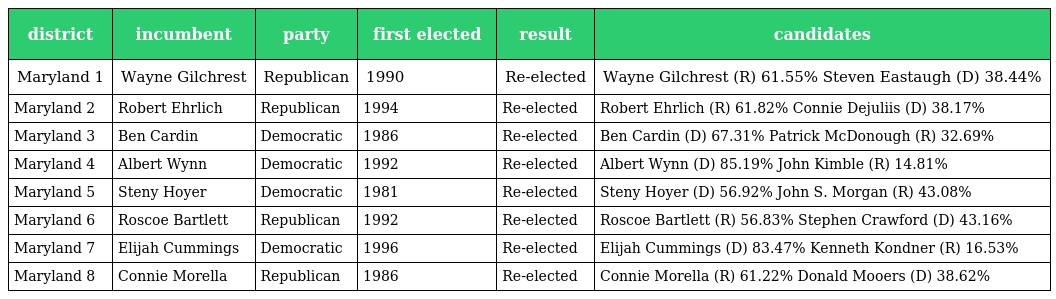
| district | incumbent | party | first elected | result | candidates |
 | --- | --- | --- | --- | --- | --- |
 | Maryland 1 | Wayne Gilchrest | Republican | 1990 | Re-elected | Wayne Gilchrest (R) 61.55% Steven Eastaugh (D) 38.44% |
 | Maryland 2 | Robert Ehrlich | Republican | 1994 | Re-elected | Robert Ehrlich (R) 61.82% Connie Dejuliis (D) 38.17% |
 | Maryland 3 | Ben Cardin | Democratic | 1986 | Re-elected | Ben Cardin (D) 67.31% Patrick McDonough (R) 32.69% |
 | Maryland 4 | Albert Wynn | Democratic | 1992 | Re-elected | Albert Wynn (D) 85.19% John Kimble (R) 14.81% |
 | Maryland 5 | Steny Hoyer | Democratic | 1981 | Re-elected | Steny Hoyer (D) 56.92% John S. Morgan (R) 43.08% |
 | Maryland 6 | Roscoe Bartlett | Republican | 1992 | Re-elected | Roscoe Bartlett (R) 56.83% Stephen Crawford (D) 43.16% |
 | Maryland 7 | Elijah Cummings | Democratic | 1996 | Re-elected | Elijah Cummings (D) 83.47% Kenneth Kondner (R) 16.53% |
 | Maryland 8 | Connie Morella | Republican | 1986 | Re-elected | Connie Morella (R) 61.22% Donald Mooers (D) 38.62% |